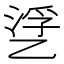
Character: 㐢